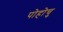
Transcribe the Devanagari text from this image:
पोहोचु